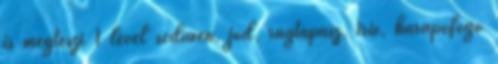
is megteszi 1 levél seduxen, jód, ragtapasz, írix, harapófogó